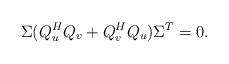
LaTeX: \begin{align*} \Sigma (Q_u^H Q_v + Q_v^H Q_u) \Sigma^T = 0.\end{align*}